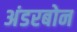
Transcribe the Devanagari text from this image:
अंडरबोन